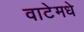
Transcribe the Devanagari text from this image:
वाटेमधे